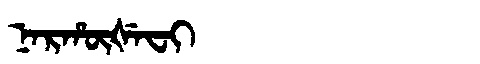
Manchu: ᠨᠠᡵᡥᡡᡧᡝᠸᡳ
Romanization: NARHŪŠEFI